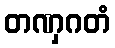
တဏှဂတံ